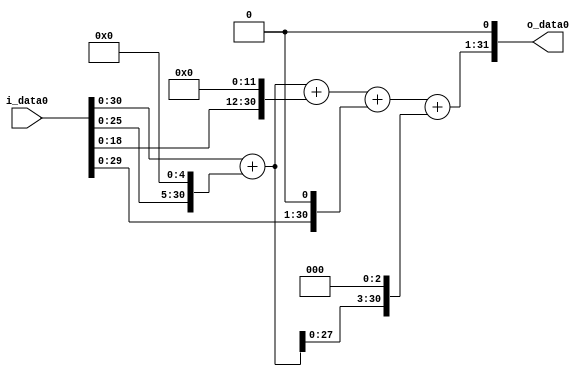
module multiplier_block_38 (
    i_data0,
    o_data0
);
  input   [31:0] i_data0;
  output  [31:0]
    o_data0;
  wire [31:0]
    w1,
    w32,
    w33,
    w4096,
    w4129,
    w2,
    w4131,
    w264,
    w4395,
    w8790;
  assign w1 = i_data0;
  assign w2 = w1 << 1;
  assign w264 = w33 << 3;
  assign w32 = w1 << 5;
  assign w33 = w1 + w32;
  assign w4096 = w1 << 12;
  assign w4129 = w33 + w4096;
  assign w4131 = w4129 + w2;
  assign w4395 = w4131 + w264;
  assign w8790 = w4395 << 1;
  assign o_data0 = w8790;
endmodule